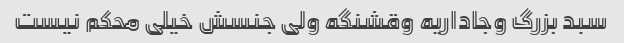
سبد بزرگ وجاداریه وقشنگه ولی جنسش خیلی محکم نیست